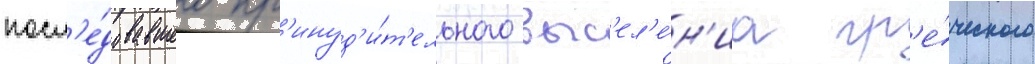
посл'е́довавшего пр'инуд'и́т'ельного выс'ел'е́н'иа гр'е́ческого